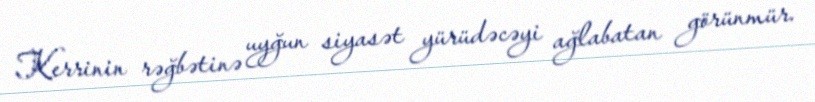
Kerrinin rəğbətinə uyğun siyasət yürüdəcəyi ağlabatan görünmür.